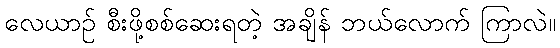
လေယာဉ် စီးဖို့စစ်ဆေးရတဲ့ အချိန် ဘယ်လောက် ကြာလဲ။